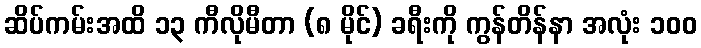
ဆိပ်ကမ်းအထိ ၁၃ ကီလိုမီတာ (၈ မိုင်) ခရီးကို ကွန်တိန်နာ အလုံး ၁၀၀